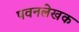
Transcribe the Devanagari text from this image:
पवनलेखक